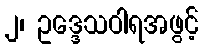
၂၊ ဥဒ္ဒေသဝါရအဖွင့်